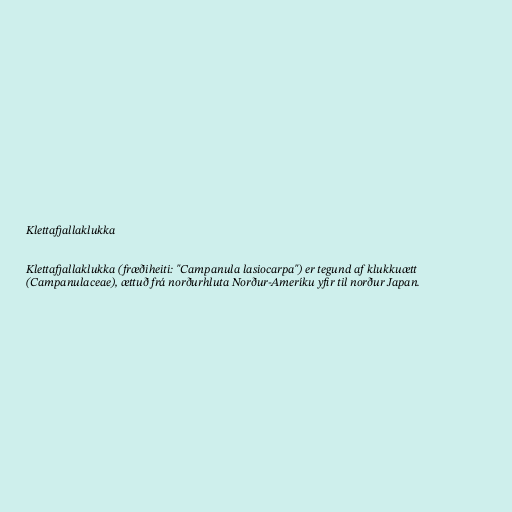
Klettafjallaklukka

Klettafjallaklukka (fræðiheiti: "Campanula lasiocarpa") er tegund af klukkuætt
(Campanulaceae), ættuð frá norðurhluta Norður-Ameríku yfir til norður Japan.